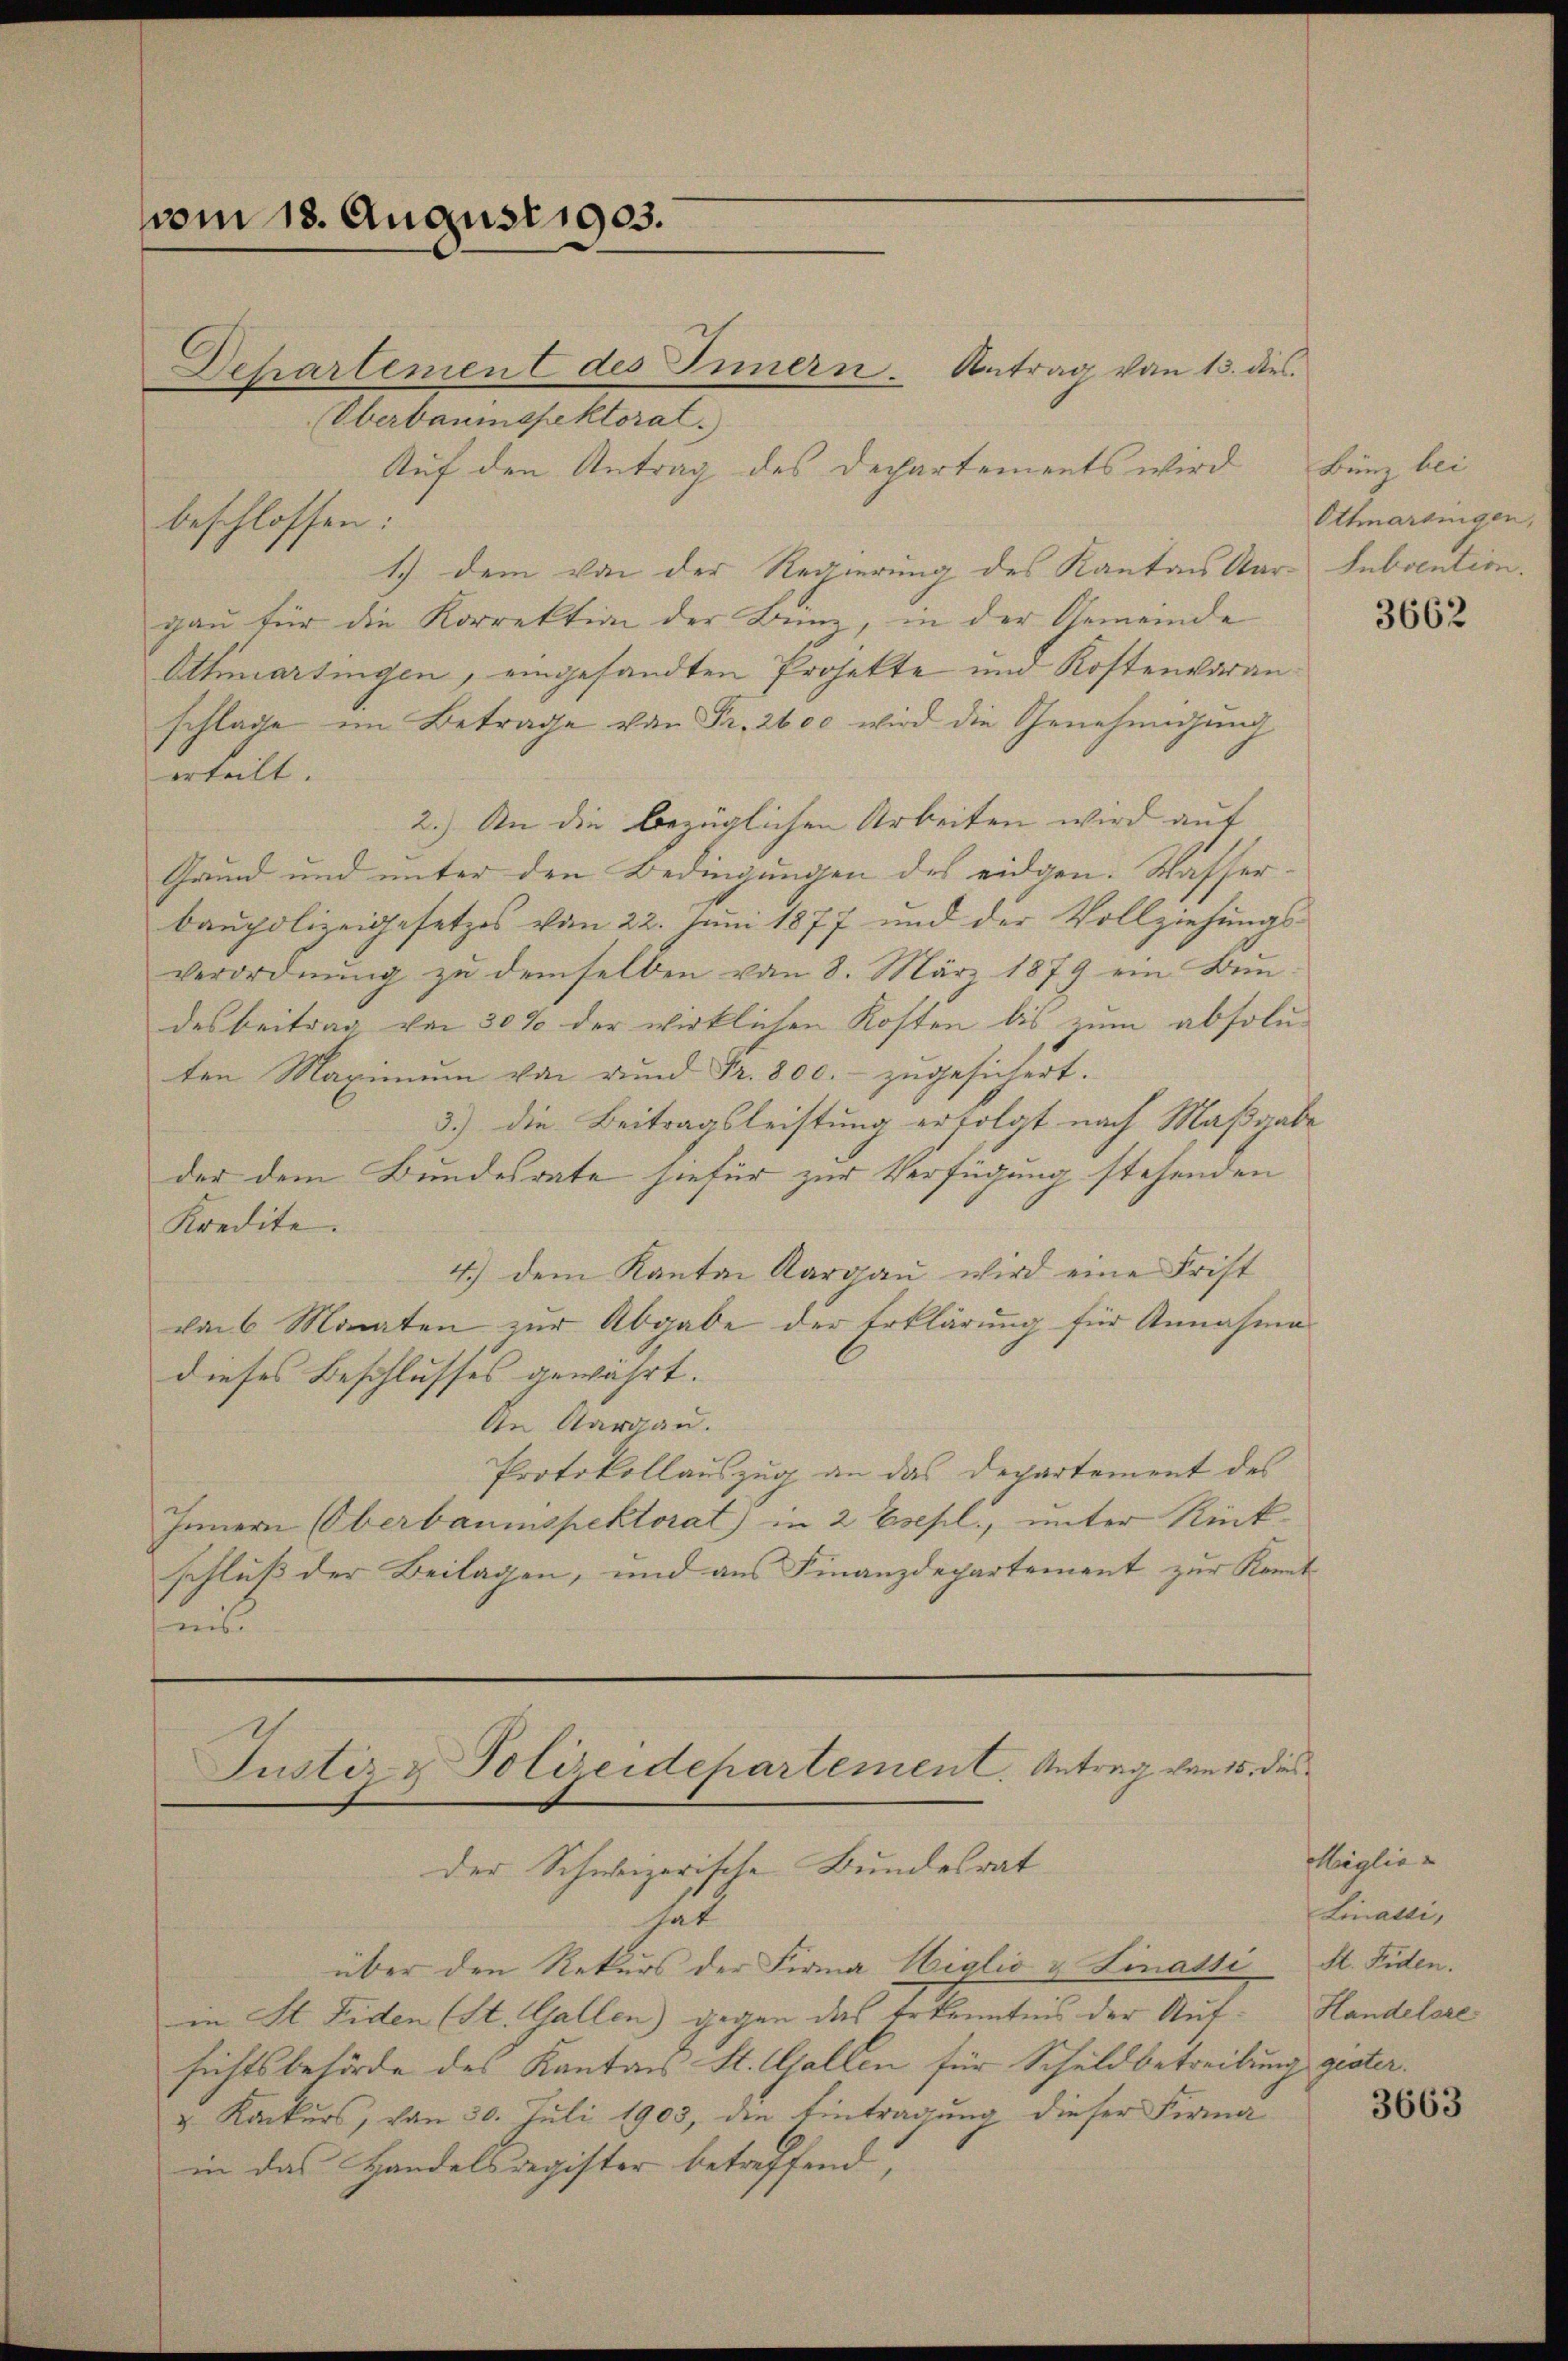
vom 18. August 1903.

Dehartemen des Innern. Antrag von 13. dies
Oberbaumspektorat.
Auf den Antrag des Departements wird
beschlossen:
1.) Dem von der Regierung des Kantons Aar-
gau für die Korrektion der Bunz, in der Gemeinde
Othmartingen, eingesandten Projekte und Kostenvoranschlage im Betrage von Fr. 2600 wird die Genehmigung
erteilt.
2.) An die bezüglichen Arbeiten wird auf
Grund und unter den Bedingungen des eidgen. Wasserbaupolizeigesetzes von 22. Juni 1877 und der Vollziehungs-
verordnŭng zŭ demselben von 8. März 1879 ein Bun-
desbeitrag von 30% der wirklichen Kosten bis zum absoluten Maximum von rund Fr. 800.- zŭgesichert.
3.) Die Beitragsleistung erfolgt nach Maßgabe
der dem Bundesrate hiefür zur Verfügung stehenden
Kredite.
4.) dem Kanton Aargaŭ wird eine Frist
von 6 Monaten zur Abgabe der Erklärung für Annahme
dieses Beschlusses gewährt.
An Aargau.
Protokollauszug an das Departement des
Innern Oberbaumspektorat) in 2 Esepl., unter Rückschluß der Beilagen, und aus Finanzdepartement zur Kennt-
mitt

Justiz & Polizeidepartement. Antrag von 15. dies

der Schweizerische Bundesrat
hat
über den Rekurs der Firma Wiglio v. Linati
in St. Fiden (St. Gallen) gegen das Erkenntnis der Auf- Handelsre
sichtsbehörde des Kantons St. Gallen für Schuldbetreibung gester.
& Konkurs, von 30. Juli 1903, die Eintragung dieser Firma
in das Handelsregister betreffend,

Bünz bei
Ottmarsingen,
Subvention.

3662

Miglie
Linacti,
S. Fiden.
3663